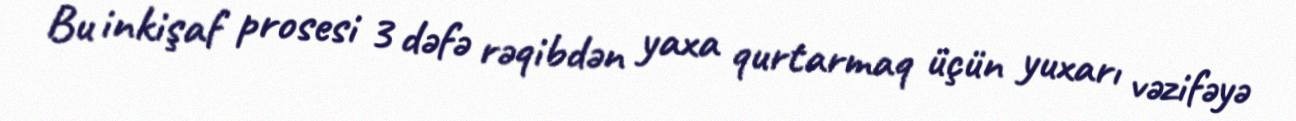
Bu inkişaf prosesi 3 dəfə rəqibdən yaxa qurtarmaq üçün yuxarı vəzifəyə